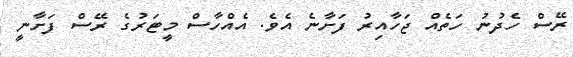
ރޭސް ހެދުނު ހަތެއް ޖަހާއިރު ފަށާނެ އެވެ. އެއްހާސް މީޓަރުގެ ރޭސް ފަށާނީ